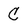
Character: C